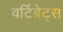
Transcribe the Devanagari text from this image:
वर्टिब्रेट्स